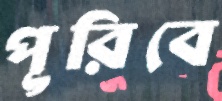
পূরিবে